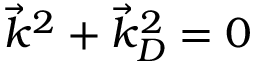
{ \vec { k } } ^ { 2 } + { \vec { k } } _ { D } ^ { 2 } = 0